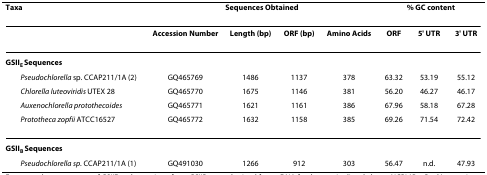
| Taxa | <COLSPAN=4> Sequences Obtained | <COLSPAN=3> % GC content |
 | --- | --- | --- | --- | --- | --- | --- | --- |
 |  | Accession Number | Length (bp) | ORF (bp) | Amino Acids | ORF | 5' UTR | 3' UTR |
 | GSIIE Sequences |  |  |  |  |  |  |  |
 | Pseudochlorella sp. CCAP211/1A (2) | GQ465769 | 1486 | 1137 | 378 | 63.32 | 53.19 | 55.12 |
 | Chlorella luteoviridis UTEX 28 | GQ465770 | 1675 | 1146 | 381 | 56.20 | 46.27 | 46.17 |
 | Auxenochlorella protothecoides | GQ465771 | 1621 | 1161 | 386 | 67.96 | 58.18 | 67.28 |
 | Prototheca zopfii ATCC16527 | GQ465772 | 1632 | 1158 | 385 | 69.26 | 71.54 | 72.42 |
 | GSIIB Sequences |  |  |  |  |  |  |  |
 | Pseudochlorella sp. CCAP211/1A (1) | GQ491030 | 1266 | 912 | 303 | 56.47 | n.d. | 47.93 |